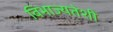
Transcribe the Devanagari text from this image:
विभाज्यतेशी